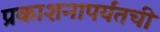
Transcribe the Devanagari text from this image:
प्रकाशनापर्यंतची